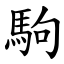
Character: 駒